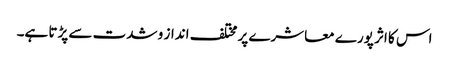
اس کا اثر پورے معاشرے پر مختلف انداز و شدت سے پڑتا ہے۔